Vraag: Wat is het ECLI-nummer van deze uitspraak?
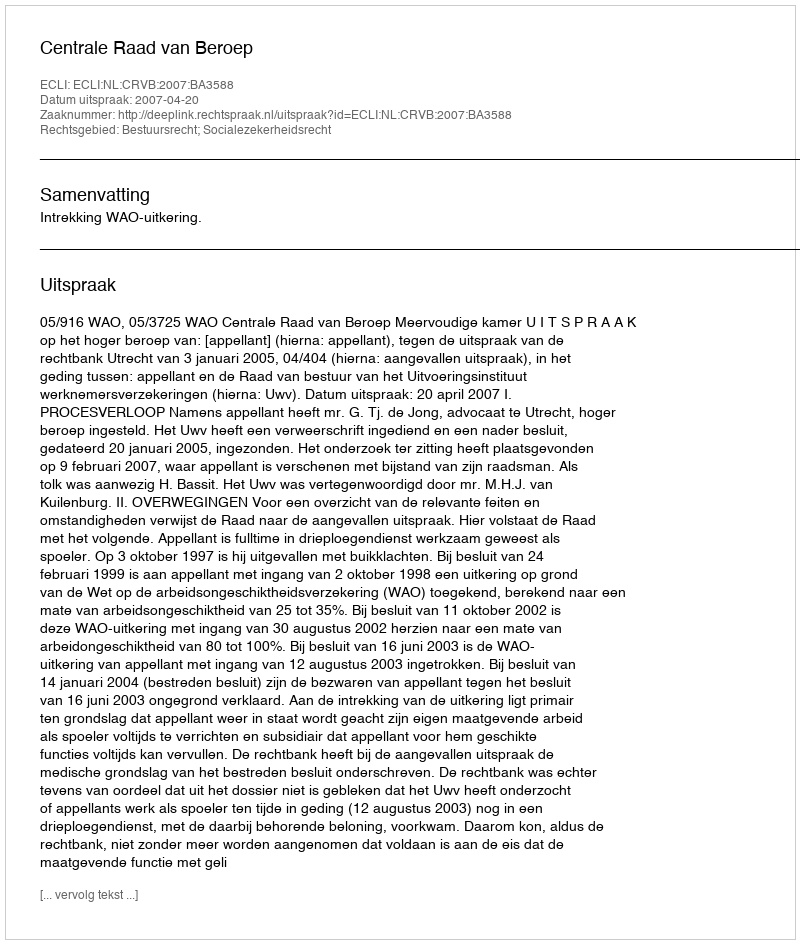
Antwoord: ECLI:NL:CRVB:2007:BA3588